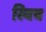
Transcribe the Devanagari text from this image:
स्‍विच